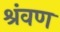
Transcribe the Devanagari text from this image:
श्रंवण